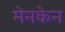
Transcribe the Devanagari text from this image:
मेनकेन